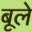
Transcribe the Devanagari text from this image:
बूले